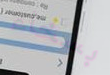
بسخاء